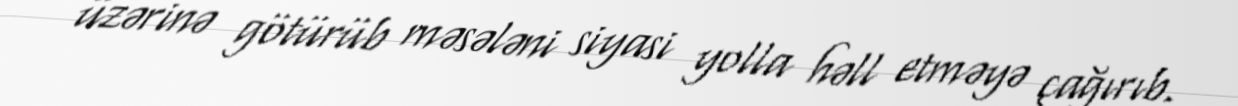
üzərinə götürüb məsələni siyasi yolla həll etməyə çağırıb.